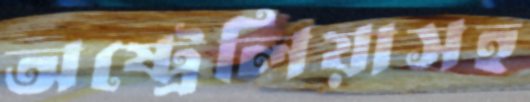
অষ্ট্রেলিয়াসহ